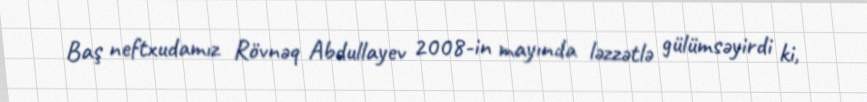
Baş neftxudamız Rövnəq Abdullayev 2008-in mayında ləzzətlə gülümsəyirdi ki,